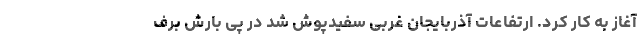
آغاز به کار کرد. ارتفاعات آذربایجان غربی سفیدپوش شد در پی بارش برف